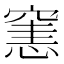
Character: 𥧟